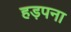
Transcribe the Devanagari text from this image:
हड़पना